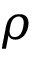
\rho